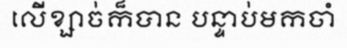
លើខ្សាច់ក៏បាន បន្ទាប់មកចាំ